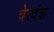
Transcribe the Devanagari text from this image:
चेरवंश